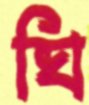
ঘি